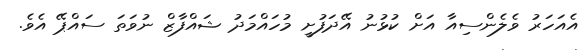
އެއަހަރު ވެލެންސިއާ އަށް ކުޅުނު އޭދަފުށީ މުހައްމަދު ޝައްފާޒް ނުވަތަ ސައްޕޭ އެވެ.